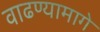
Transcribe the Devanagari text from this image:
वाढण्यामागे